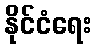
နိုင်ငံရေး